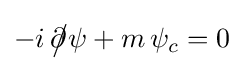
-i\,{\partial \!\!\!{\big /}}\psi +m\,\psi _{c}=0